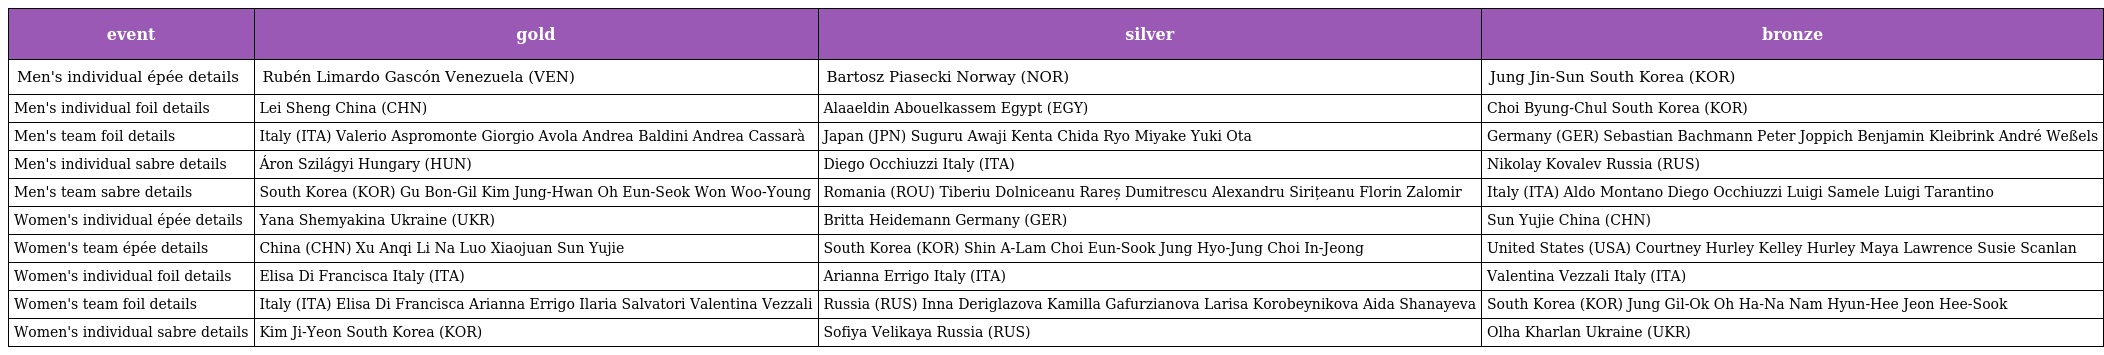
| event | gold | silver | bronze |
 | --- | --- | --- | --- |
 | Men's individual épée details | Rubén Limardo Gascón Venezuela (VEN) | Bartosz Piasecki Norway (NOR) | Jung Jin-Sun South Korea (KOR) |
 | Men's individual foil details | Lei Sheng China (CHN) | Alaaeldin Abouelkassem Egypt (EGY) | Choi Byung-Chul South Korea (KOR) |
 | Men's team foil details | Italy (ITA) Valerio Aspromonte Giorgio Avola Andrea Baldini Andrea Cassarà | Japan (JPN) Suguru Awaji Kenta Chida Ryo Miyake Yuki Ota | Germany (GER) Sebastian Bachmann Peter Joppich Benjamin Kleibrink André Weßels |
 | Men's individual sabre details | Áron Szilágyi Hungary (HUN) | Diego Occhiuzzi Italy (ITA) | Nikolay Kovalev Russia (RUS) |
 | Men's team sabre details | South Korea (KOR) Gu Bon-Gil Kim Jung-Hwan Oh Eun-Seok Won Woo-Young | Romania (ROU) Tiberiu Dolniceanu Rareș Dumitrescu Alexandru Sirițeanu Florin Zalomir | Italy (ITA) Aldo Montano Diego Occhiuzzi Luigi Samele Luigi Tarantino |
 | Women's individual épée details | Yana Shemyakina Ukraine (UKR) | Britta Heidemann Germany (GER) | Sun Yujie China (CHN) |
 | Women's team épée details | China (CHN) Xu Anqi Li Na Luo Xiaojuan Sun Yujie | South Korea (KOR) Shin A-Lam Choi Eun-Sook Jung Hyo-Jung Choi In-Jeong | United States (USA) Courtney Hurley Kelley Hurley Maya Lawrence Susie Scanlan |
 | Women's individual foil details | Elisa Di Francisca Italy (ITA) | Arianna Errigo Italy (ITA) | Valentina Vezzali Italy (ITA) |
 | Women's team foil details | Italy (ITA) Elisa Di Francisca Arianna Errigo Ilaria Salvatori Valentina Vezzali | Russia (RUS) Inna Deriglazova Kamilla Gafurzianova Larisa Korobeynikova Aida Shanayeva | South Korea (KOR) Jung Gil-Ok Oh Ha-Na Nam Hyun-Hee Jeon Hee-Sook |
 | Women's individual sabre details | Kim Ji-Yeon South Korea (KOR) | Sofiya Velikaya Russia (RUS) | Olha Kharlan Ukraine (UKR) |